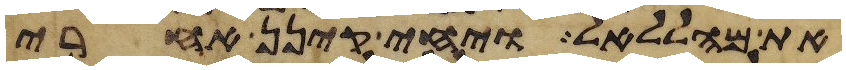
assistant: את מהללאל ויחי קינן אחרי